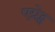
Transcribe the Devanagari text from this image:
एग्रेट्स